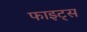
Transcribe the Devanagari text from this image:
फाइट्स